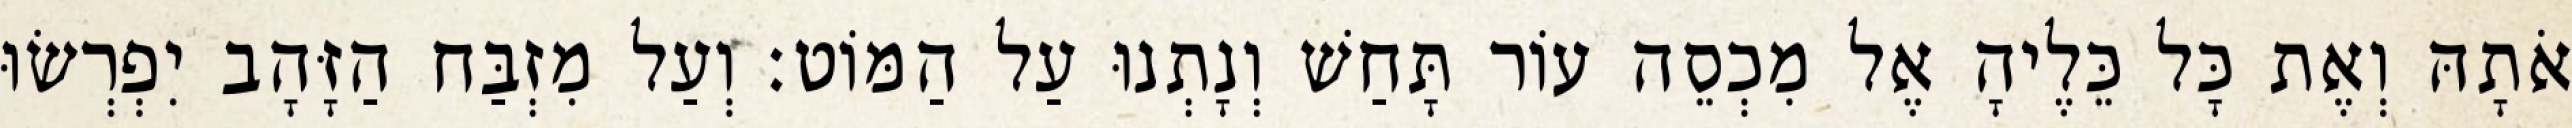
אֹתָהּ וְאֶת כָּל כֵּלֶיהָ אֶל מִכְסֵה עוֹר תָּחַשׁ וְנָתְנוּ עַל הַמּוֹט׃ וְעַל מִזְבַּח הַזָּהָב יִפְרְשׂוּ